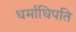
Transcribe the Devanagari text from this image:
धर्माधिपति